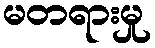
မတရားမှု